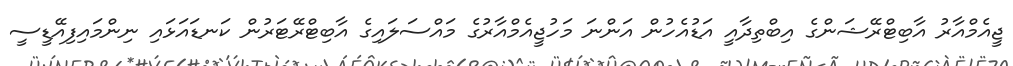
ޖީއެމްއާރު އާބިޓްރޭޝަންގެ އިބްތިދާއީ އަޑުއެހުން އަންނަ މަހުޖީއެމްއާރުގެ މައްސަލައިގެ އާބިޓްރޭޓަރުން ކަނޑައަޅައި ނިންމައިފިއޭޑީސީ